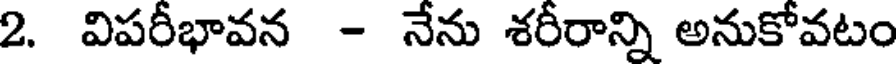
2. విపరీభావన - నేను శరీరాన్ని అనుకోవటం